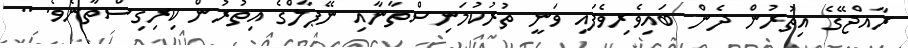
ރާއްޖޭގެ އިތުރުން ދެން ބައިވެރިވެފައި ވަނީ ތުރުކުމަނިސްތާނާއި ނޭޕާލްގެ އިތުރުން ކިރިގިސްތާނެވެ. ..